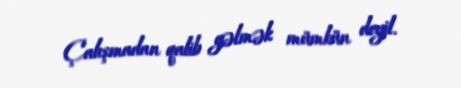
Çalışmadan qalib gəlmək mümkün deyil.